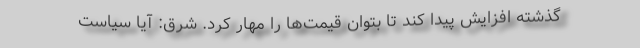
گذشته افزایش پیدا کند تا بتوان قیمت‌ها را مهار کرد. شرق: آیا سیاست